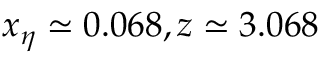
x _ { \eta } \simeq 0 . 0 6 8 , z \simeq 3 . 0 6 8